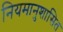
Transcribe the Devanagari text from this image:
नियमानुशासित